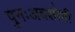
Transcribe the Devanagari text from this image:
पुनःअवशोषी